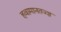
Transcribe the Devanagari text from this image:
हवामानतज्ज्ञ